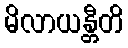
မိလာယန္တီတိ